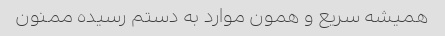
همیشه سریع و همون موارد به دستم رسیده ممنون